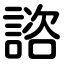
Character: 諮